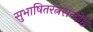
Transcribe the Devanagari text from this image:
सुभाषितरत्नसन्दोह